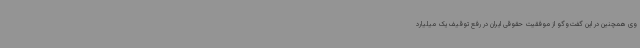
وی همچنین در این گفت‌وگو از موفقیت حقوقی ایران در رفع توقیف یک میلیارد